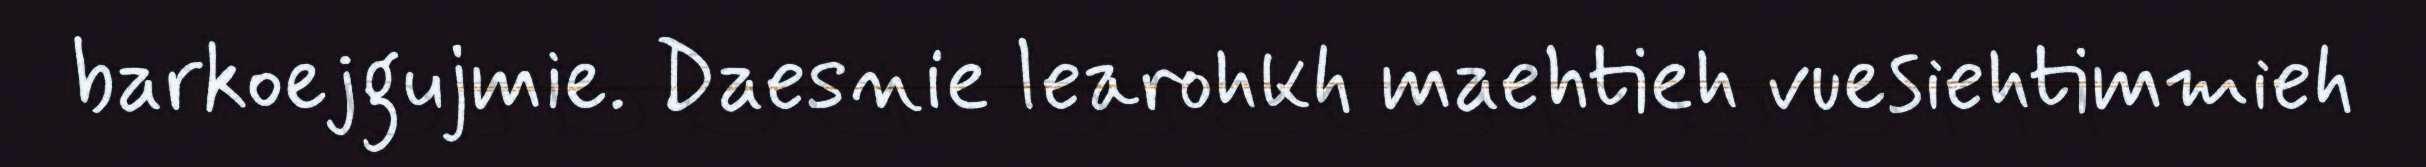
barkoejgujmie. Daesnie learohkh maehtieh vuesiehtimmieh